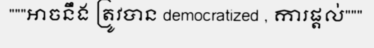
"""អាចនឹង ត្រូវបាន democratized , ការផ្តល់"""